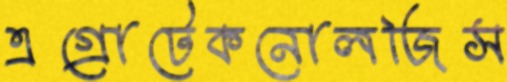
এগ্রোটেকনোলজিস